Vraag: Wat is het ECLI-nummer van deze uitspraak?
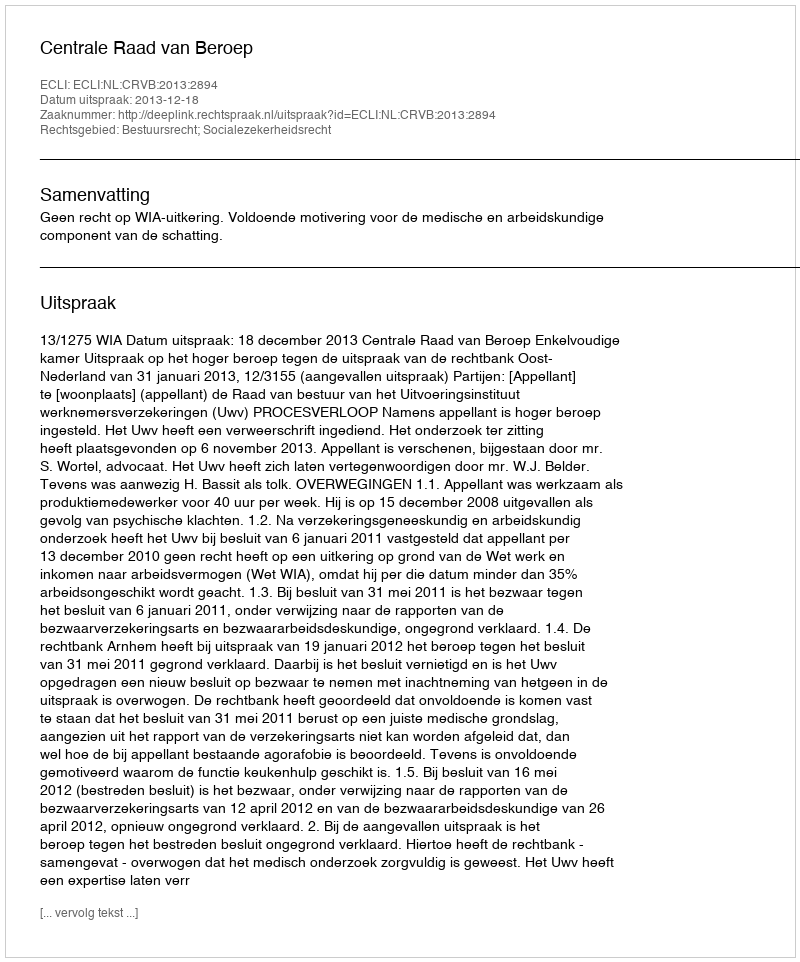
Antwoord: ECLI:NL:CRVB:2013:2894